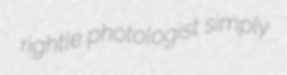
rightle photologist simply